Civil Veterinary Department Bengal reports 1923-33 - 1923-1933
Year: 1923
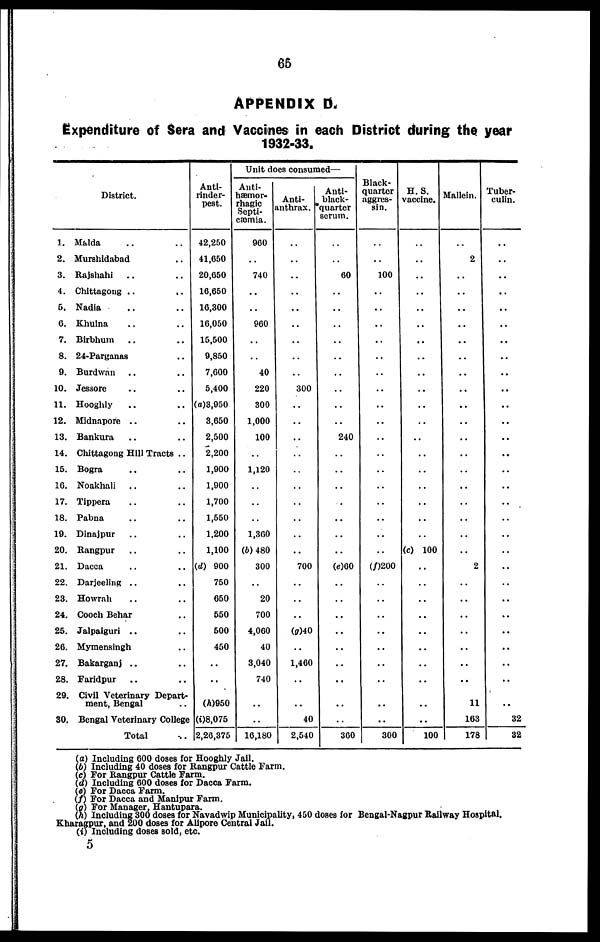
66
APPENDIX D.
Expenditure of Sera and Vaccines in each District during the year
1932-33.
District.
1.
2.
3.
4.
5.
6.
7.
8.
9.
10.
11.
12.
13.
14.
15.
16.
17.
18.
19.
20.
21.
22.
23.
24.
25.
26.
27.
28.
29.
30.
Malda .. ..
Murshidabad ..
Rajshahi .. ..
Chittagong .. ..
Nadia
.. ..
Khulna .. ..
Birbhum
.. ..
24-Parganas ..
Burdwan .. ..
Jessore .. ..
Hooghly .. ..
Midnapore .. ..
Bankura .. ..
Chittagong Hill Tracts ..
Bogra .. ..
Noakhali .. ..
Tippera .. ..
Pabna .. ..
Dinajpur .. ..
Rangpur .. ..
Dacca .. ..
Darjeeling .. ..
Howrah .. ..
Cooch Behar ..
Jalpaiguri .. ..
Mymensingh ..
Bakarganj .. ..
Faridpur .. ..
Civil Veterinary Depart-
ment, Bengal ..
Bengal Veterinary College
Total ..
Unit does consumed—
Anti-
rinder-
pest.
42,250
41,650
20,650
16,650
16,300
16,050
15,500
9,850
7,600
5,400
(a)3,950
3,650
2,500
2,200
1,900
1,900
1,700
1,550
1,200
1,100
(d) 900
750
650
550
500
450
..
..
(h)950
(i)8,075
2,26,375
Anti-
hæmor-
rhagle
Septi-
cæmia.
960
..
740
..
..
960
..
..
40
220
300
1,000
100
..
1,120
..
..
..
1,300
(6) 480
300
..
20
700
4,060
40
3,040
740
..
..
16,180
Anti-
anthrax.
..
..
..
..
..
..
..
..
..
300
..
..
..
..
..
..
..
..
..
..
700
..
..
..
(g)40
..
1,460
..
..
40
2,540
Anti-
black-
quarter
serum.
..
..
60
..
..
..
..
..
..
..
..
..
240
..
..
..
..
..
..
..
(e)60
..
..
..
..
..
..
..
..
..
360
Black-
quarter
aggres-
sin.
..
..
100
..
..
..
..
..
..
..
..
..
..
..
..
..
..
..
..
..
(f)200
..
..
..
..
..
..
..
..
..
300
H. S.
vaccine.
..
..
..
..
..
..
..
..
..
..
..
..
..
..
..
..
..
..
..
(c) 100
..
..
..
..
..
..
..
..
..
..
100
Mallein.
..
2
..
..
..
..
..
..
..
..
..
..
..
..
..
..
..
..
..
..
2
..
..
..
..
..
..
..
11
163
178
Tuber-
culin.
..
..
..
..
..
..
..
..
..
..
..
..
..
..
..
..
..
..
..
..
..
..
..
..
..
..
..
..
..
32
32
(a) Including 600 doses for Hooghly Jail.
(b) Including 40 doses for Rangpur Cattle Farm.
(c) For Rangpur Cattle Farm.
(d) Including 600 doses for Dacca Farm.
(e) For Dacca Farm.
(f) For Dacca and Manipur Farm.
(g) For Manager, Hantupara.
(h) Including 300 doses for Navadwip Municipality, 450 doses for Bengal-Nagpur Railway Hospital.
Kharagpur, and 200 doses for Alipore Central Jail.
(i) Including doses sold, etc.
5